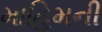
માહિમની